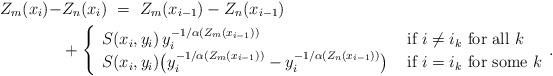
LaTeX: \begin{align*}Z_m(x_{i}) - & Z_n(x_{i})\ =\ Z_m(x_{i-1}) - Z_n(x_{i-1}) \\&+ \left\{\begin{array}{ll} S(x_{i},y_{i})\,y_{i}^{-1/\alpha (Z_m(x_{i-1}))} & \mbox{ if } i\neq i_k \mbox{ for all } k \\S(x_{i},y_{i})\big(y_{i}^{-1/\alpha (Z_m(x_{i-1}))} - y_{i}^{-1/\alpha (Z_n(x_{i-1}))}\big) & \mbox{ if } i= i_k \mbox{ for some } k \end{array}.\right.\end{align*}